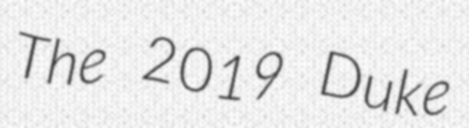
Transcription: The 2019 Duke